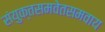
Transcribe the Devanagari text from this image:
संयुक्तसमवेतसमवाय